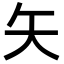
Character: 矢